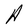
Character: A